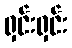
ရှင်းရှင်း